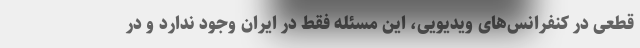
قطعی در کنفرانس‌های ویدیویی، این مسئله فقط در ایران وجود ندارد و در